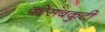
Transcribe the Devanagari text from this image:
कोसंबकुटी